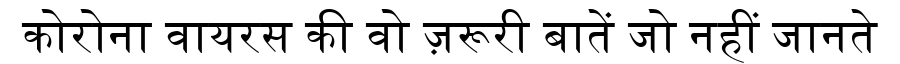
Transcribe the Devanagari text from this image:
कोरोना वायरस की वो ज़रूरी बातें जो नहीं जानते